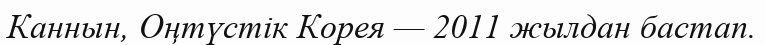
Каннын, Оңтүстік Корея — 2011 жылдан бастап.